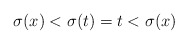
\begin{align*}\sigma(x) < \sigma(t) = t < \sigma(x)\end{align*}